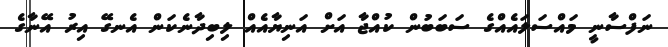
ނަފްސާނީ މައްސަލައެއްގެ ސަބަބުން ކުއްޖާ އަށް އަނިޔާއެއް ލިބިދާނެކަން އެނގޭ އިރު އޭނާގެ